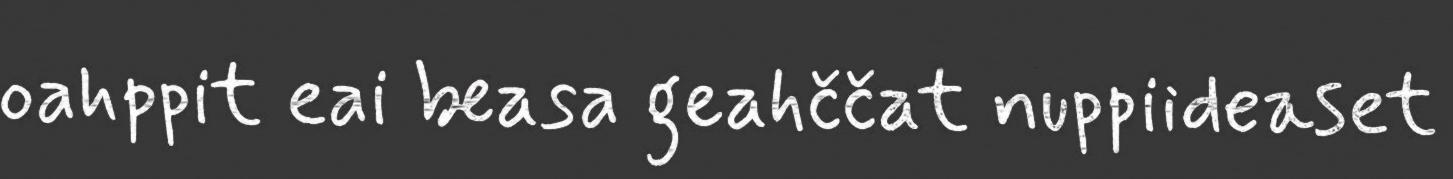
oahppit eai beasa geahččat nuppiideaset